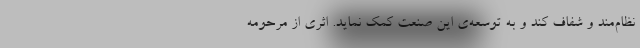
نظام‌مند و شفاف کند و به توسعه‌ی این صنعت کمک نماید. اثری از مرحومه